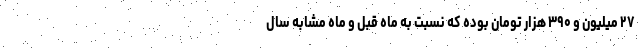
۲۷ میلیون و ۳۹۰ هزار تومان بوده که نسبت به ماه قبل و ماه مشابه سال